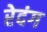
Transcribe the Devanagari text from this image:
रेदंग